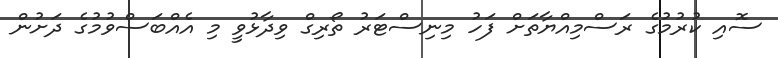
ސޮއި ކުރުމުގެ ރަސްމިއްޔާތަށް ފަހު މިނިސްޓަރު ތޯރިގް ވިދާޅުވީ މި އެއްބަސްވުމުގެ ދަށުން